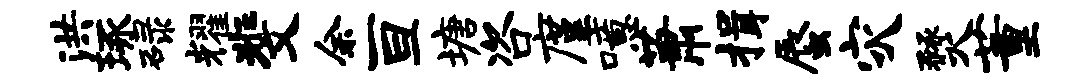
洪琢碌耀斐余亘塘咨廑噫萧揖蜃灾燹董